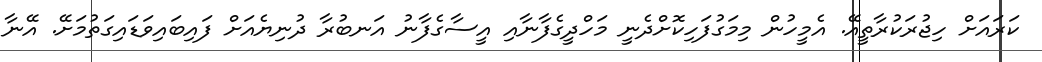
ކަރައަށް ހިޖުރަކުރާތީއޭ. އެމީހުން މިމަގުފަހިކޮށްދެނީ މަހްދީގެފާނާއި އީސާގެފާނު އަނބުރާ ދުނިޔެއަށް ފައިބައިވަޑައިގަތުމަށޭ. އޭނާ